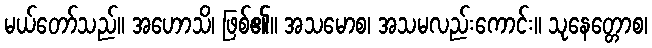
မယ်တော်သည်။ အဟောသိ၊ ဖြစ်၏။ အသမောစ၊ အသမလည်းကောင်း။ သုနေတ္တောစ၊